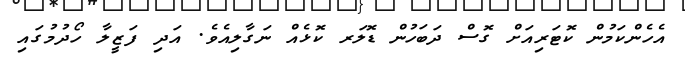
އެހެންކަމުން ކޮޓަރިއަށް ގޮސް ދަބަހުން ޑޮލަރ ކޮޅެއް ނަގާލިއެވެ. އަދި ފަޒީލާ ހޯދުމުގައި